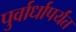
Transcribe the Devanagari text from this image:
पुर्वार्धापर्यंत